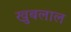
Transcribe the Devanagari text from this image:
खुबलाल